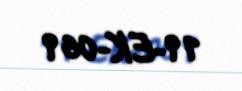
19-EK-069